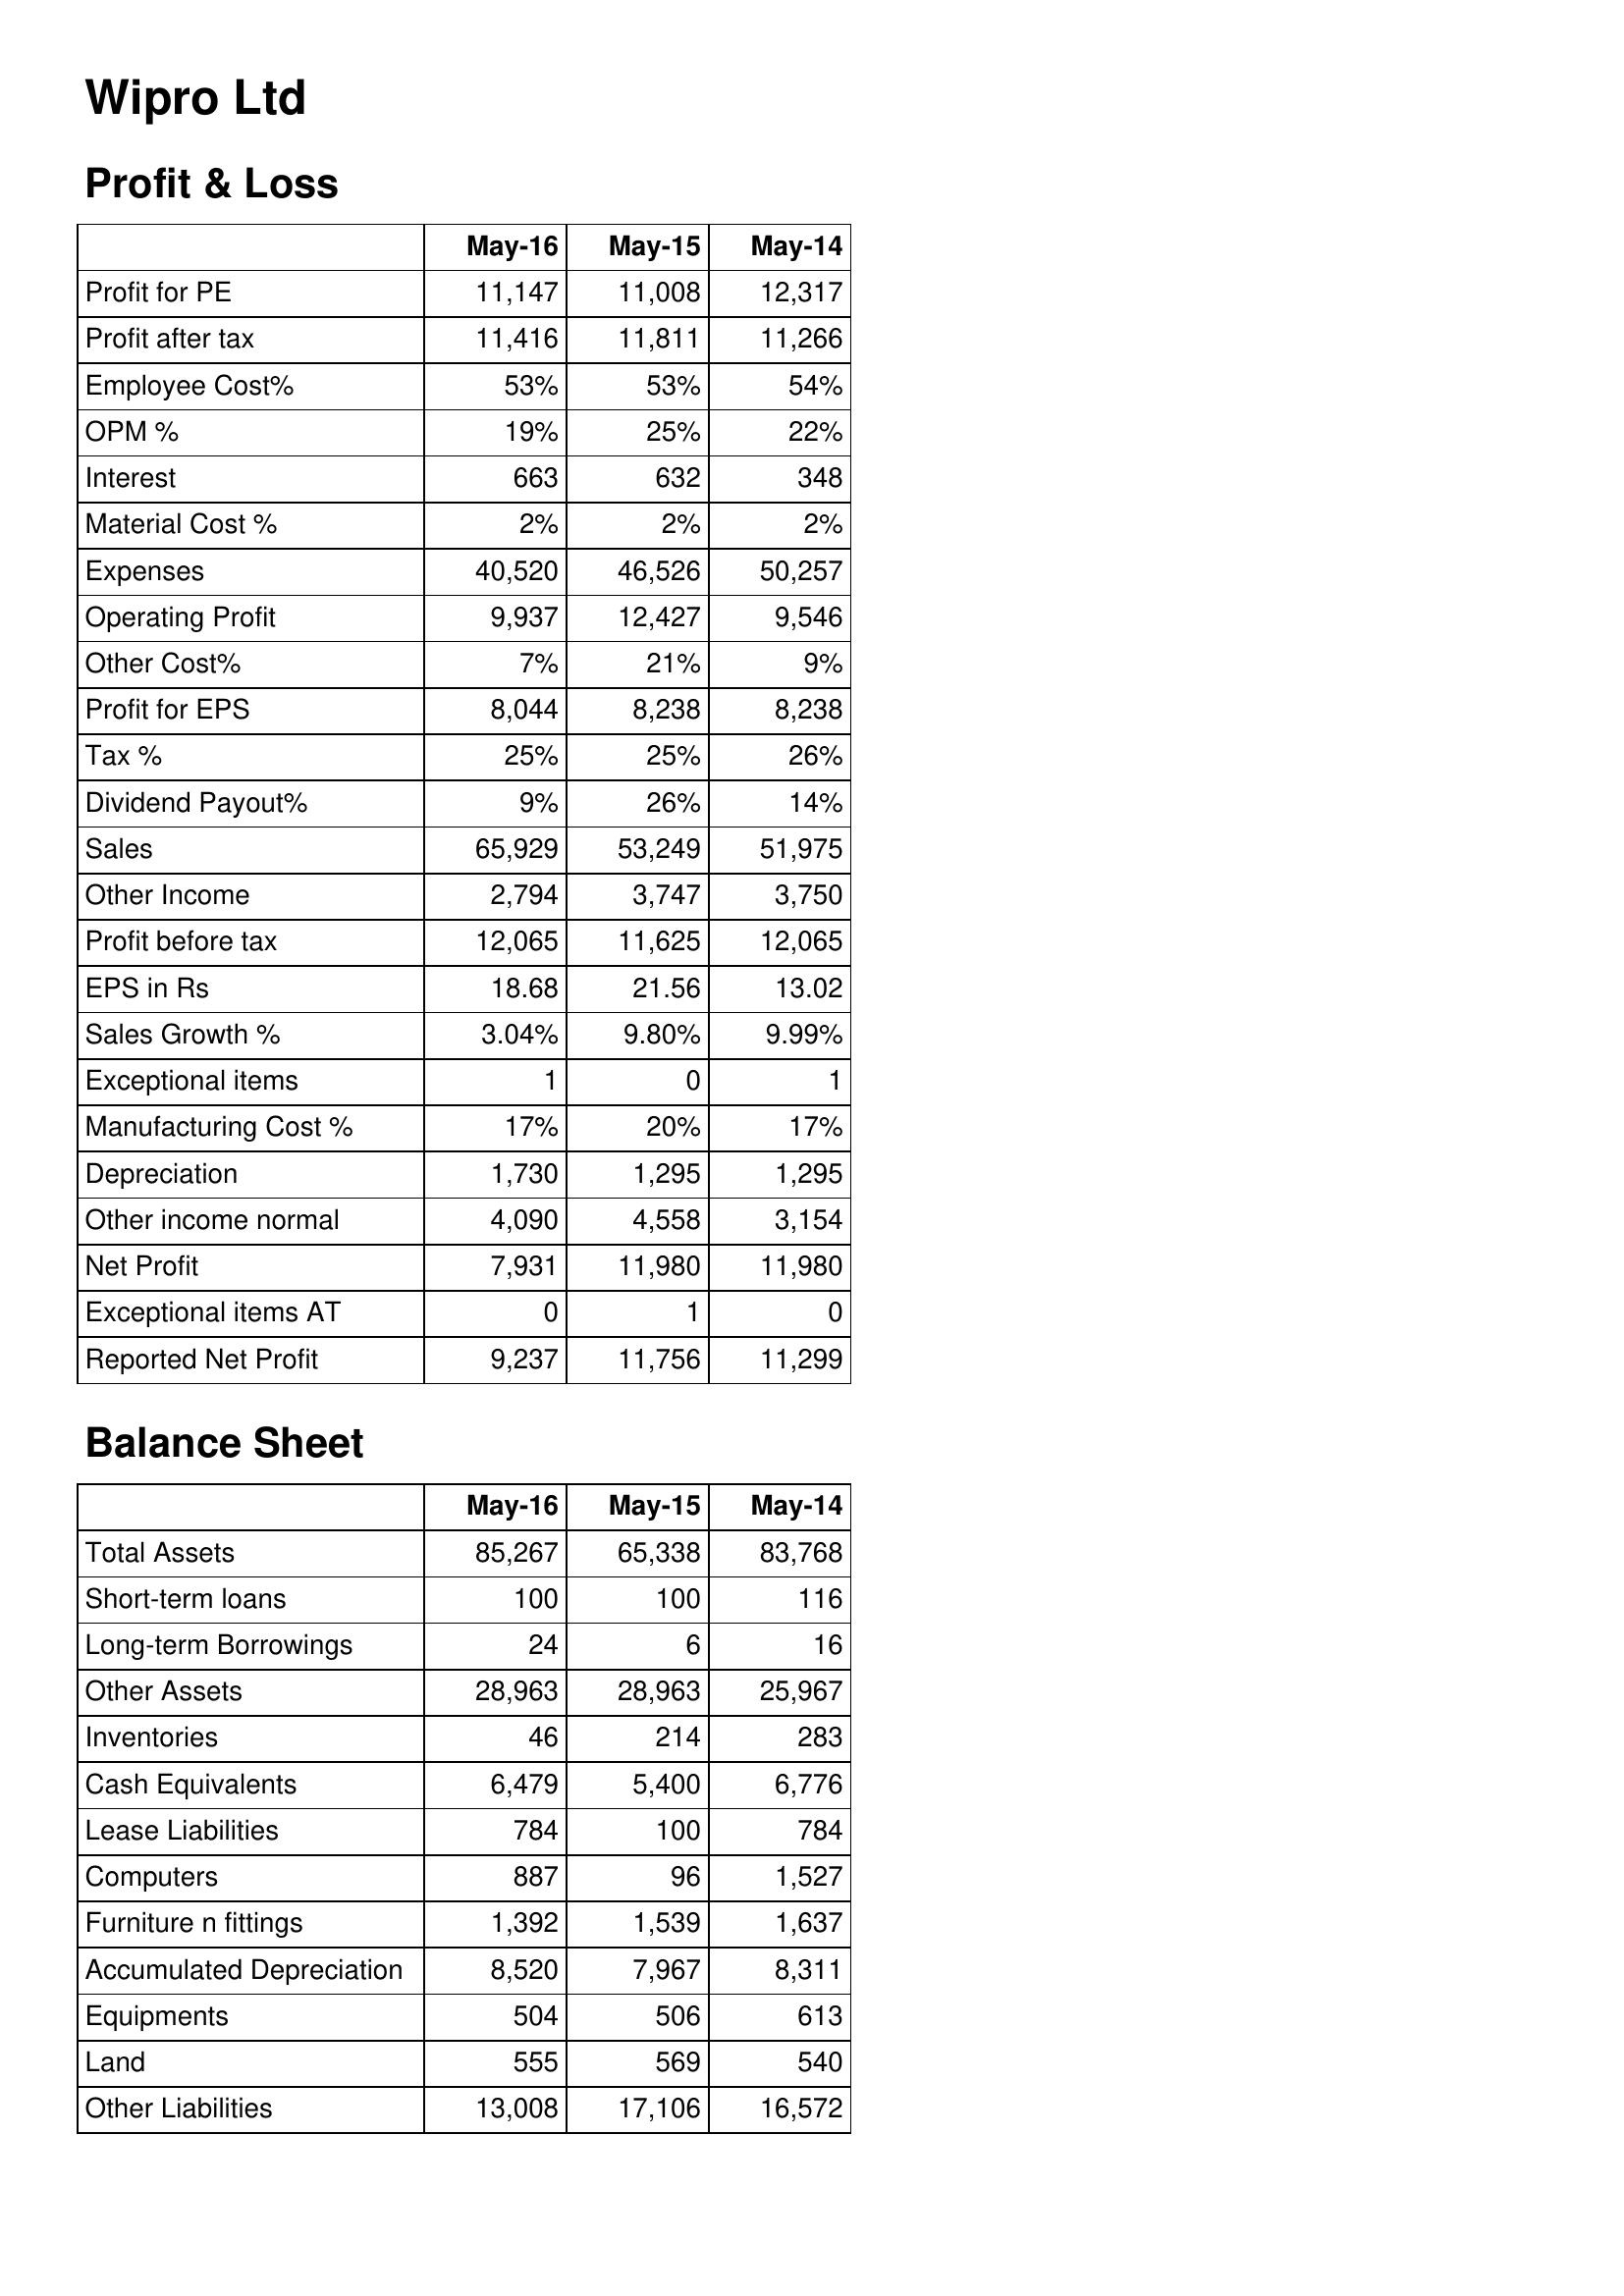
May-16: Profit & Loss: Profit for PE: 11,147
Profit after tax: 11,416
Employee Cost%: 53%
OPM %: 19%
Interest: 663
Material Cost %: 2%
Expenses: 40,520
Operating Profit: 9,937
Other Cost%: 7%
Profit for EPS: 8,044
Tax %: 25%
Dividend Payout%: 9%
Sales: 65,929
Other Income: 2,794
Profit before tax: 12,065
EPS in Rs: 18.68
Sales Growth %: 3.04%
Exceptional items: 1
Manufacturing Cost %: 17%
Depreciation: 1,730
Other income normal: 4,090
Net Profit: 7,931
Exceptional items AT: 0
Reported Net Profit: 9,237
Balance Sheet: Total Assets: 85,267
Short-term loans: 100
Long-term Borrowings: 24
Other Assets: 28,963
Inventories: 46
Cash Equivalents: 6,479
Lease Liabilities: 784
Computers: 887
Furniture n fittings: 1,392
Accumulated Depreciation: 8,520
Equipments: 504
Land: 555
Other Liabilities: 13,008
May-15: Profit & Loss: Profit for PE: 11,008
Profit after tax: 11,811
Employee Cost%: 53%
OPM %: 25%
Interest: 632
Material Cost %: 2%
Expenses: 46,526
Operating Profit: 12,427
Other Cost%: 21%
Profit for EPS: 8,238
Tax %: 25%
Dividend Payout%: 26%
Sales: 53,249
Other Income: 3,747
Profit before tax: 11,625
EPS in Rs: 21.56
Sales Growth %: 9.80%
Exceptional items: 0
Manufacturing Cost %: 20%
Depreciation: 1,295
Other income normal: 4,558
Net Profit: 11,980
Exceptional items AT: 1
Reported Net Profit: 11,756
Balance Sheet: Total Assets: 65,338
Short-term loans: 100
Long-term Borrowings: 6
Other Assets: 28,963
Inventories: 214
Cash Equivalents: 5,400
Lease Liabilities: 100
Computers: 96
Furniture n fittings: 1,539
Accumulated Depreciation: 7,967
Equipments: 506
Land: 569
Other Liabilities: 17,106
May-14: Profit & Loss: Profit for PE: 12,317
Profit after tax: 11,266
Employee Cost%: 54%
OPM %: 22%
Interest: 348
Material Cost %: 2%
Expenses: 50,257
Operating Profit: 9,546
Other Cost%: 9%
Profit for EPS: 8,238
Tax %: 26%
Dividend Payout%: 14%
Sales: 51,975
Other Income: 3,750
Profit before tax: 12,065
EPS in Rs: 13.02
Sales Growth %: 9.99%
Exceptional items: 1
Manufacturing Cost %: 17%
Depreciation: 1,295
Other income normal: 3,154
Net Profit: 11,980
Exceptional items AT: 0
Reported Net Profit: 11,299
Balance Sheet: Total Assets: 83,768
Short-term loans: 116
Long-term Borrowings: 16
Other Assets: 25,967
Inventories: 283
Cash Equivalents: 6,776
Lease Liabilities: 784
Computers: 1,527
Furniture n fittings: 1,637
Accumulated Depreciation: 8,311
Equipments: 613
Land: 540
Other Liabilities: 16,572